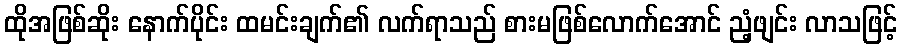
ထိုအဖြစ်ဆိုး နောက်ပိုင်း ထမင်းချက်၏ လက်ရာသည် စားမဖြစ်လောက်အောင် ညံ့ဖျင်း လာသဖြင့်